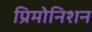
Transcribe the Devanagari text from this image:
प्रिमोनिशन